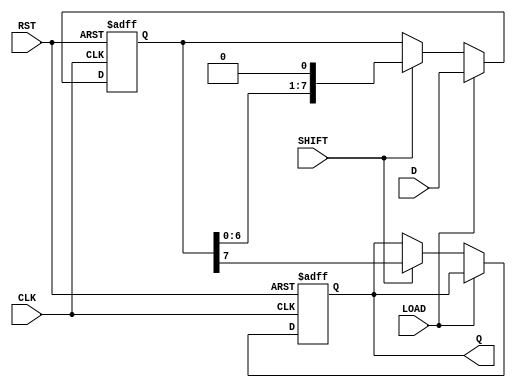
module PISO_Register #(
    parameter WIDTH = 8  // Parameter to define the width of the input data
)(
    input wire [WIDTH-1:0] D,   // Parallel input data bus
    input wire LOAD,             // Load control signal
    input wire SHIFT,            // Shift control signal
    input wire CLK,              // Clock signal
    input wire RST,              // Asynchronous reset
    output reg Q                // Serial output
);

    reg [WIDTH-1:0] shift_reg;   // Shift register array

    always @(posedge CLK or posedge RST) begin
        if (RST) begin
            // Reset the shift register and output
            shift_reg <= {WIDTH{1'b0}};
            Q <= 1'b0;
        end else if (LOAD) begin
            // Load data into the shift register on LOAD signal
            shift_reg <= D;
        end else if (SHIFT) begin
            // Shift data serially out on SHIFT signal
            Q <= shift_reg[WIDTH-1]; // Output the MSB
            shift_reg <= {shift_reg[WIDTH-2:0], 1'b0}; // Shift left
        end
    end

endmodule